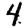
Digit: 4